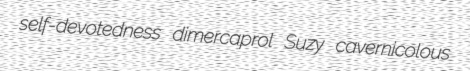
self-devotedness dimercaprol Suzy cavernicolous